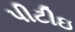
પીટીઇ